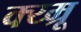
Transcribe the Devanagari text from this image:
क्य्म्रू